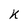
Character: K